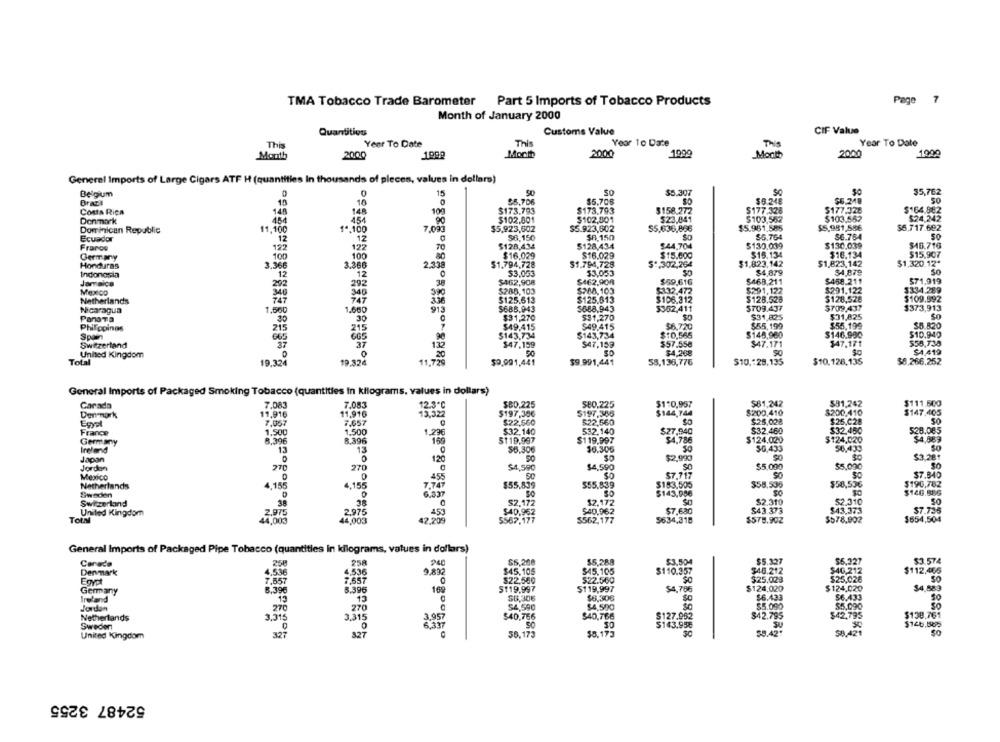
TMA Tobacco Trade Barometer
Part 5 Imports of Tobacco Products
Page
7
Month of January 2000
Quantities
Customs Value
CIF Value
This
Year To Date
Year To Date
This
Year To Date
This
Month
2000
Mocht
2000
1999
Month
2000
1992
Generel Imports of Large Cigars ATF H (quantities In thousands of pleces, values in dollars)
Belgium
0
15
50
50
$5.307
$5,762
Bracia
$5.706
$5.708
$5.248
$6.248
50
10
10
Costa Rica
148
148
100
$173.793
$173,793
$158.272
$177.326
$177.328
$164.882
$24,242
Denmark
454
454
90
$102.001
$102,801
$23,841
$103,552
$103.562
Dominican Republic
11,100
1ª.100
7.000
$5,923,502
$5.923,602
55.636,866
$5.961,585
$5.981,586
$5.717.692
Ecuador
$8,150
$8.150
SO
$5.764
56.784
50
12
12
70
$128,434
5128,434
$44.704
$130,039
$130.039
$16.716
France
122
$18.134
$15,907
Germany
100
100
80
$16.029
$16.029
$15.000
$15.134
Honduras
3.366
2,338
$1.794,728
$1.794,728
$ *, 302,264
$1,823.142
$1,823.142
$1,320.12*
Indonesia
12
$3,053
33,053
$4,879
$4.879
SO
Jamaica
12
$462,908
$462.900
$69.616
$468.211
$458.211
571.919
202
38
$280,103
$288.103
$332.472
$291.122
$291.122
$334.289
Mexico
$128,528
$109.592
Netherlands
$125.613
$125.613
$106.312
$128.528
Nicaragua
1.500
1.000
$688.943
5688.943
5352,411
$709.437
$709.437
$373,913
PanaTa
30
30
$31,270
$31,270
$31,825
$31,825
Philippines
$49,415
$49.415
$6.720
$55,199
$55.199
$6.820
215
315
$143,734
$148,960
$146.990
$10.940
Spain
$143,734
$10,566
$58,730
Switzerland
37
37
$47,159
$47,159
$57.558
$47.171
$47,171
United Kingdom
SO
$4,268
$4,419
Total
19.324
19.324
$9,991,441
$9.991,441
58,136,776
$10. 28,135
$10.128,135
$8.266,252
General Imports of Packaged Smoking Tobacco (quantities in kilograms, values in dollars)
Carada
7,083
7.083
12.3.0
$60.225
$80.225
$170,957
$81,242
$91,242
$111.500
Den mark
11,916
11.916
13,32
$197,386
$197,385
$144,744
$200,410
$200.410
$147.405
Egyel
7,657
$22,560
$22,560
$25.028
France
$32.140
532,140
$32.460
528.085
1.500
$124,020
$4,889
Germany
8,396
8.396
5119.997
$119.997
$124,020
Ireland
13
13
$6.305
So
56,435
Japan
120
SO
$2.990
$3.281
Jordan
270
270
$4,590
$4,590
SO
$5.000
$5,000
$7.717
$7.840
Mexico
455
$58,536
$196,782
Netherlands
4,15€
4,156
$55,839
$55,839
$153,505
$58,500
Sweden
30
Switzerland
$2.172
$2.172
$2.310
DE
United Kingdom
453
$40.962
$7.630
$43.373
Total
44,003
$567.177
$562.177
5634,318
$578.902
$578.902
$654,504
General Imports of Packaged Pipe Tobacco (quantities in kilograms, values in dollars)
258
240
$5,208
$5,288
$3.504
$5.327
$6.327
$3.574
Denmark
4.536
9.892
$45.105
$45.105
$110.357
$46.212
$40,212
$112,465
$22,560
$22.560
$0
$25,026
50
Egypt
7,657
7,557
$119.997
$124,020
Germany
8.396
8.396
168
$119.997
$4,786
$124.020
$4,589
Ireland
13
$6,306
$6,306
$0
50
Jordan
270
270
DO
$4,590
$5,090
Netherlands
3.315
3.315
3,957
$40.756
$40,766
$127.952
$42.795
$42.795
$138.761
6.337
$143.95€
Sweden
0
United Kingdom
327
827
35,173
$8.173
$8.42
$0,421
52487 3255